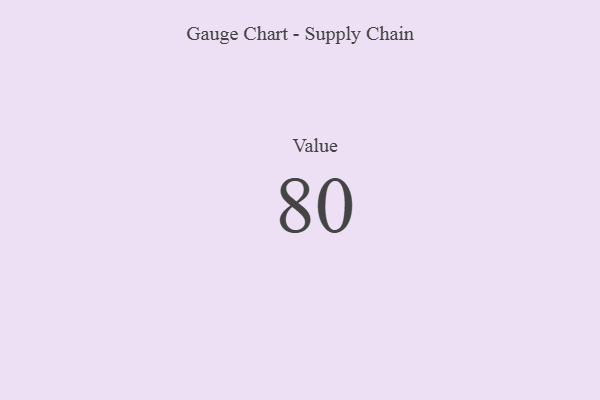
{"axis": {"x": "Metric", "y": "Value"}, "legend": [""], "data": [{"x": "Value", "y": 80, "type": ""}]}